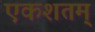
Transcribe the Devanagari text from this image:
एकशतम्